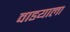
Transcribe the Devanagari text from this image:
वाडयाला